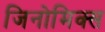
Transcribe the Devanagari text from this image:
जिनोमिक्स